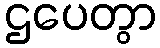
ဌပေတွာ